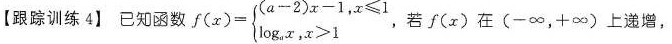
【跟踪训练4】已知函数 $$f ( x ) = \begin { cases }